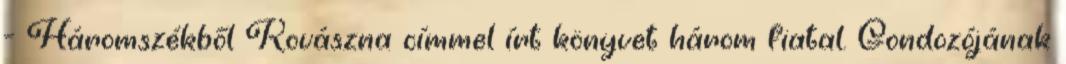
- Háromszékből Kovászna címmel írt könyvet három fiatal. Gondozójának